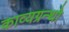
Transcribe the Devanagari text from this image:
काव्यग्रन्थो